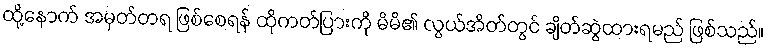
ထို့နောက် အမှတ်တရ ဖြစ်စေရန် ထိုကတ်ပြားကို မိမိ၏ လွယ်အိတ်တွင် ချိတ်ဆွဲထားရမည် ဖြစ်သည်။